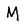
Character: M